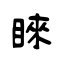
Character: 睞